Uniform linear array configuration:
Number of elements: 24
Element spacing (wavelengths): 0.25
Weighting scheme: uniform
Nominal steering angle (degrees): -60
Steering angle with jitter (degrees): -60.6
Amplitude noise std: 0.05
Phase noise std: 0.05

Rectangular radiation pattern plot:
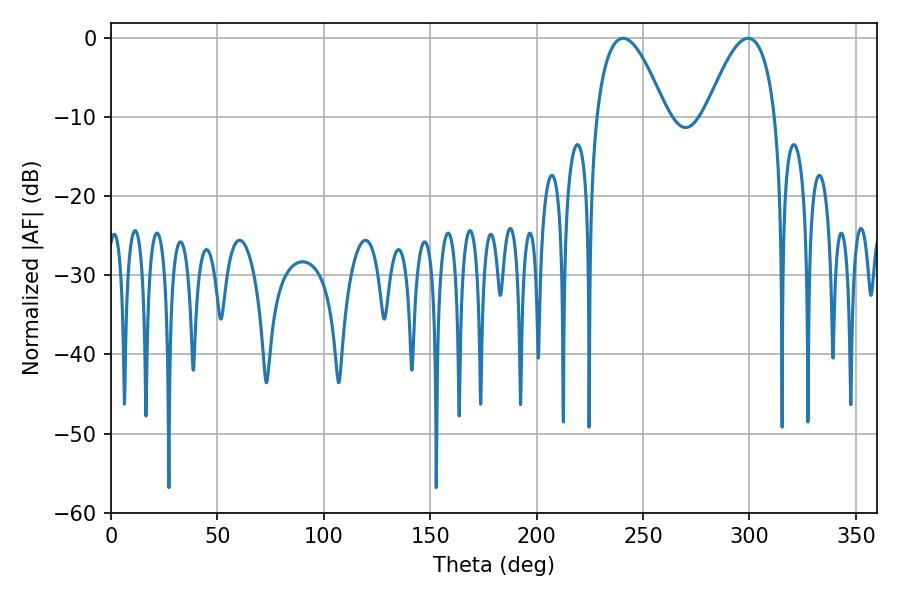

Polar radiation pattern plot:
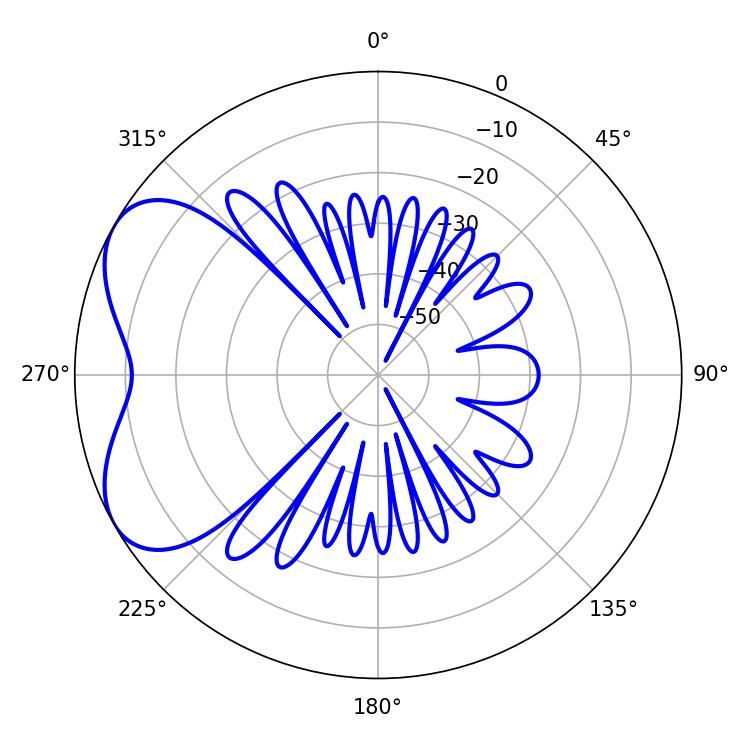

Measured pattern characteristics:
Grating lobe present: FALSE
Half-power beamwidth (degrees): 18
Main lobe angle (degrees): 240.66